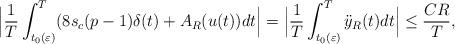
LaTeX: \begin{align*}\Big|\frac{1}{T} \int_{t_0(\varepsilon)}^T ( 8 s_c(p-1) \delta (t) +A_R(u(t)) dt \Big| = \Big| \frac{1}{T}\int_{t_0(\varepsilon)}^T \ddot{y}_R (t) dt\Big| \le \frac{CR}{T},\end{align*}